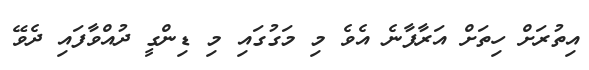
އިތުރަށް ހިތަށް އަރާފާނެ އެވެ މި މަގުގައި މި ޑިންގީ ދުއްވާފައި ދެވޭ